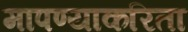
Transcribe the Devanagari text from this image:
मापण्याकरिता